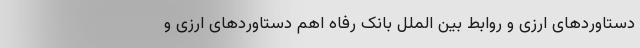
دستاوردهای ارزی و روابط بین الملل بانک رفاه اهم دستاوردهای ارزی و